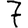
Digit: 7